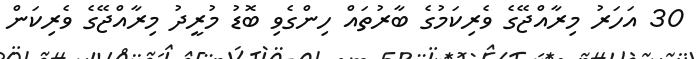
30 އަހަރު މިރާއްޖޭގެ ވެރިކަމުގެ ބާރުތައް ހިންގެވި ބޮޑު މުރީދު މިރާއްޖޭގެ ވެރިކަން